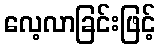
လေ့လာခြင်းဖြင့်